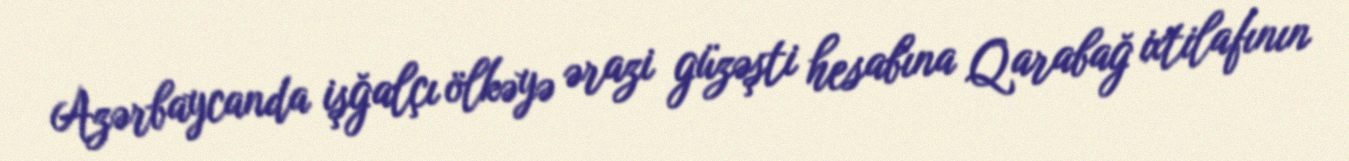
Azərbaycanda işğalçı ölkəyə ərazi güzəşti hesabına Qarabağ ixtilafının